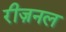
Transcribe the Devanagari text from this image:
रीज़नल